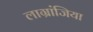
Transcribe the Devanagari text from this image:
लाग्रांजिया